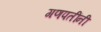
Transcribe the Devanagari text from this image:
गणपतींनी